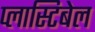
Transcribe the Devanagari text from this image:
प्लास्टिबेल